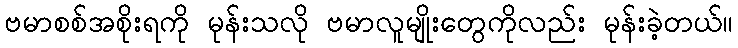
ဗမာစစ်အစိုးရကို မုန်းသလို ဗမာလူမျိုးတွေကိုလည်း မုန်းခဲ့တယ်။